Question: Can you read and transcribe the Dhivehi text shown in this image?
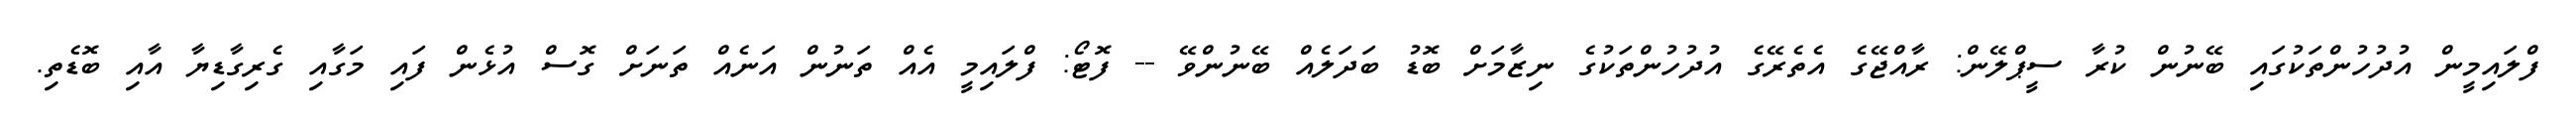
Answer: ފްލައިމީން އުދުހުންތަކުގައި ބޭނުން ކުރާ ސީޕްލޭން: ރާއްޖޭގެ އެތެރޭގެ އުދުހުންތަކުގެ ނިޒާމަށް ބޮޑު ބަދަލެއް ބޭނުންވޭ -- ފޮޓޯ: ފްލައިމީ އެއް ތަނުން އަނެއް ތަނަށް ގޮސް އުޅެން ފައި މަގާއި ގެރިގާޑިޔާ އާއި ބޮޑެތި.